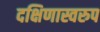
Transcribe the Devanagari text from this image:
दक्षिणास्वरुप